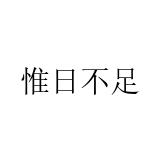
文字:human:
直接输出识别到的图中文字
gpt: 惟日不足